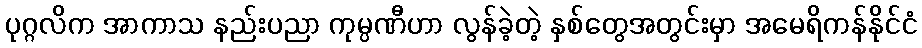
ပုဂ္ဂလိက အာကာသ နည်းပညာ ကုမ္ပဏီဟာ လွန်ခဲ့တဲ့ နှစ်တွေအတွင်းမှာ အမေရိကန်နိုင်ငံ